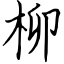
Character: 柳